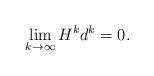
LaTeX: \begin{align*}\lim_{k\to\infty}H^k d^k=0.\end{align*}